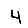
Digit: 4